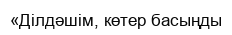
«Ділдәшім, көтер басыңды